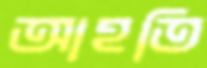
আহতি